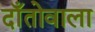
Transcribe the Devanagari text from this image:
दाँतोवाला